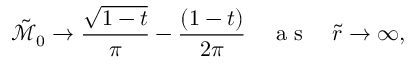
\tilde { \mathcal { M } } _ { 0 } \rightarrow \frac { \sqrt { 1 - t } } { \pi } - \frac { ( 1 - t ) } { 2 \pi } \quad \mathrm { ~ a ~ s ~ } \quad \tilde { r } \rightarrow \infty ,